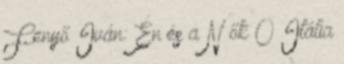
Fenyő Iván: Én és a N ők 0 Itália